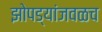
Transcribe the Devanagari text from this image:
झोपड्यांजवळच